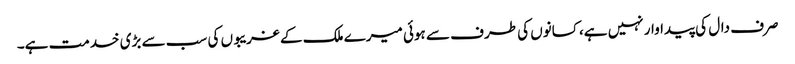
صرف دال کی پیداوار نہیں ہے، کسانوں کی طرف سے ہوئی میرے ملک کے غریبوں کی سب سے بڑی خدمت ہے۔